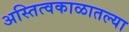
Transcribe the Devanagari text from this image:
अस्तित्वकाळातल्या